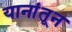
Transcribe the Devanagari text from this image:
यानांतून